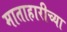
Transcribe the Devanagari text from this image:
माताहारीच्या